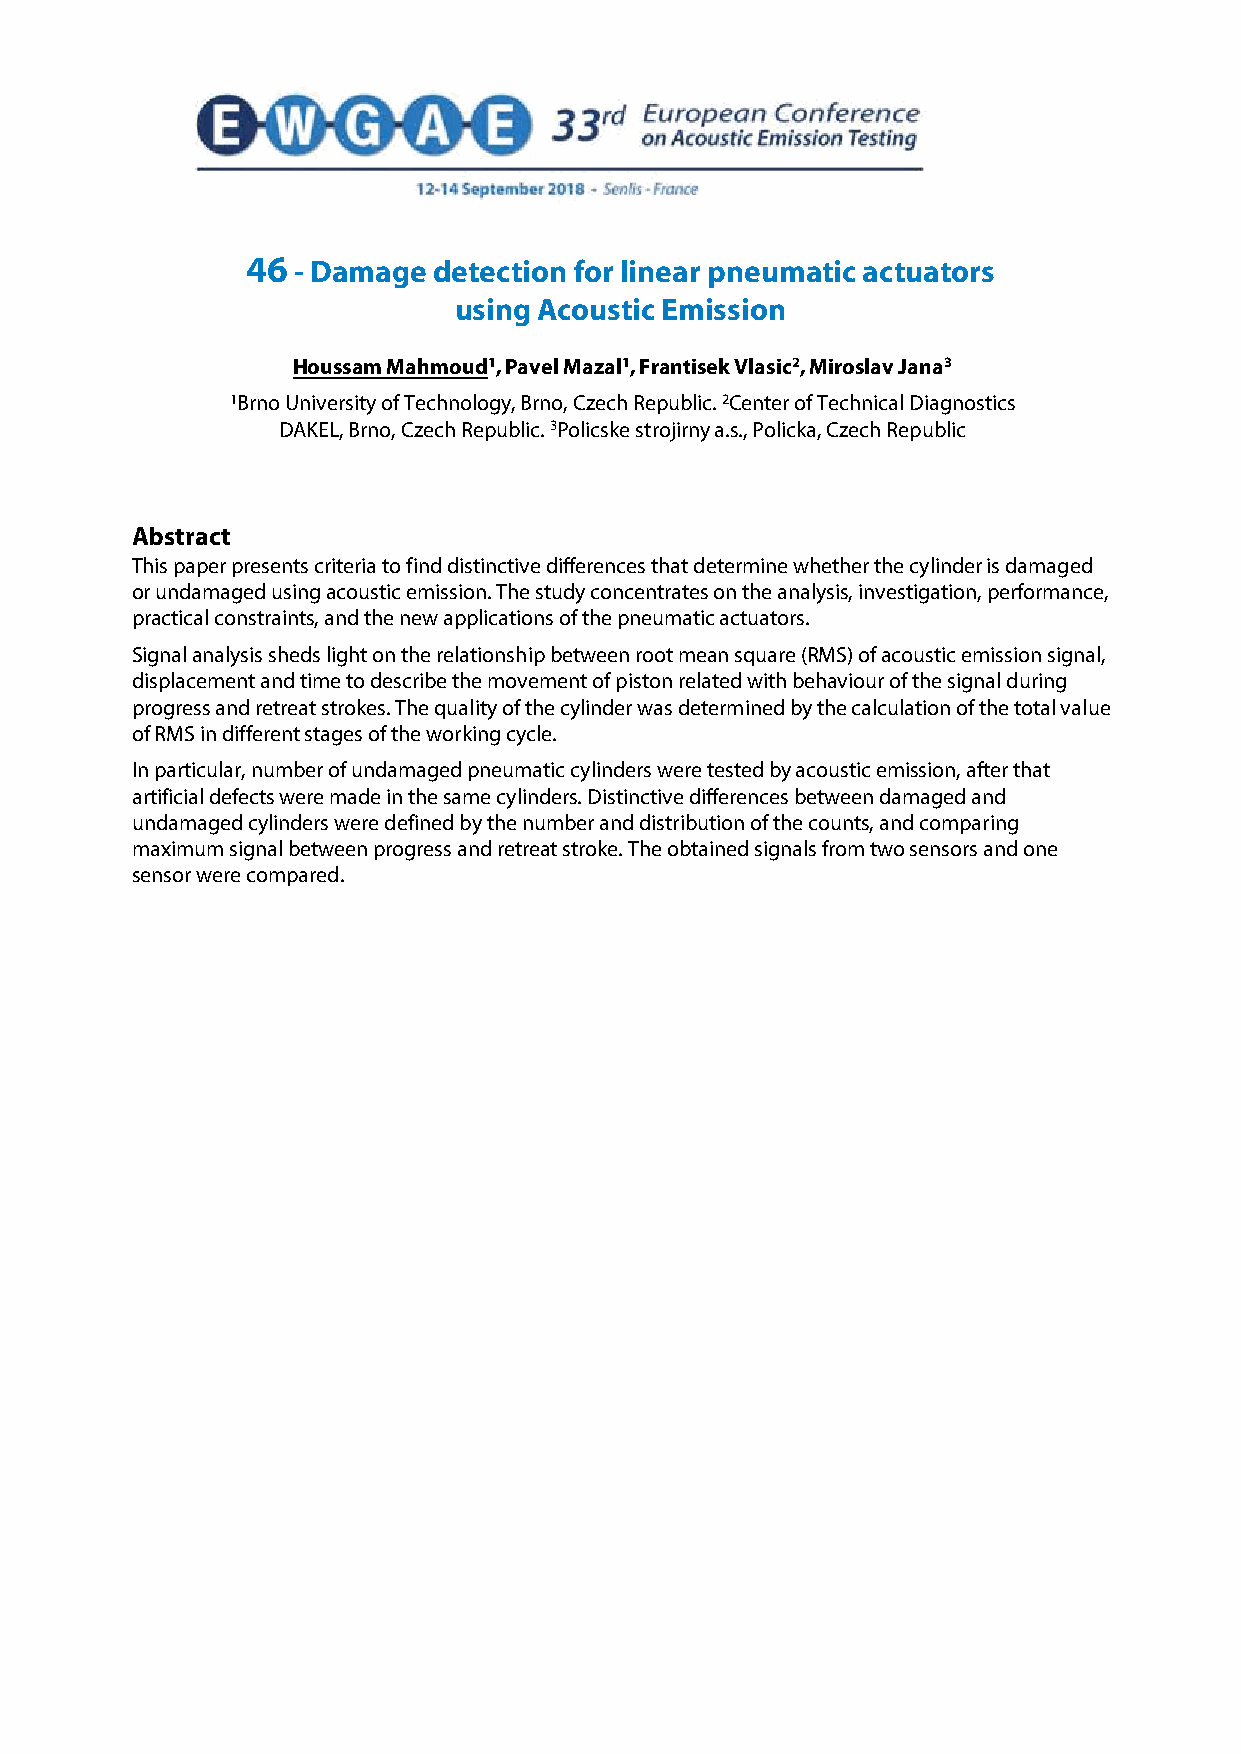
46 - Damage  detection for linear pneumatic actuators
 using Acoustic Emission
 Houssam Mahmoud1, Pavel Mazal1, Frantisek Vlasic2, Miroslav Jana3
 1Brno University of Technology, Brno, Czech Republic. 2Center of Technical Diagnostics
 DAKEL, Brno, Czech Republic. 3Policske strojirny a.s., Policka, Czech Republic
 Abstract
 This paper presents criteria to find distinctive differences that determine whether the cylinder is damaged
 or undamaged using acoustic emission. The study concentrates on the analysis, investigation, performance,
 practical constraints, and the new applications of the pneumatic actuators.
 Signal analysis sheds light on the relationship between root mean square (RMS) of acoustic emission signal,
 displacement and time to describe the movement of piston related with behaviour of the signal during
 progress and retreat strokes. The quality of the cylinder was determined by the calculation of the total value
 of RMS in different stages of the working cycle.
 In particular, number of undamaged pneumatic cylinders were tested by acoustic emission, after that
 artificial defects were made in the same cylinders. Distinctive differences between damaged and
 undamaged cylinders were defined by the number and distribution of the counts, and comparing
 maximum signal between progress and retreat stroke. The obtained signals from two sensors and one
 sensor were compared.